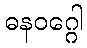
ဓနဝဂ္ဂေါ